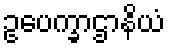
ဥပေက္ခာဌာနိယံ